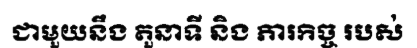
ជាមួយនឹង តួនាទី និង ភារកិច្ច របស់